Indian journal of veterinary science and animal husbandry - Volume 12,
Year: 1942
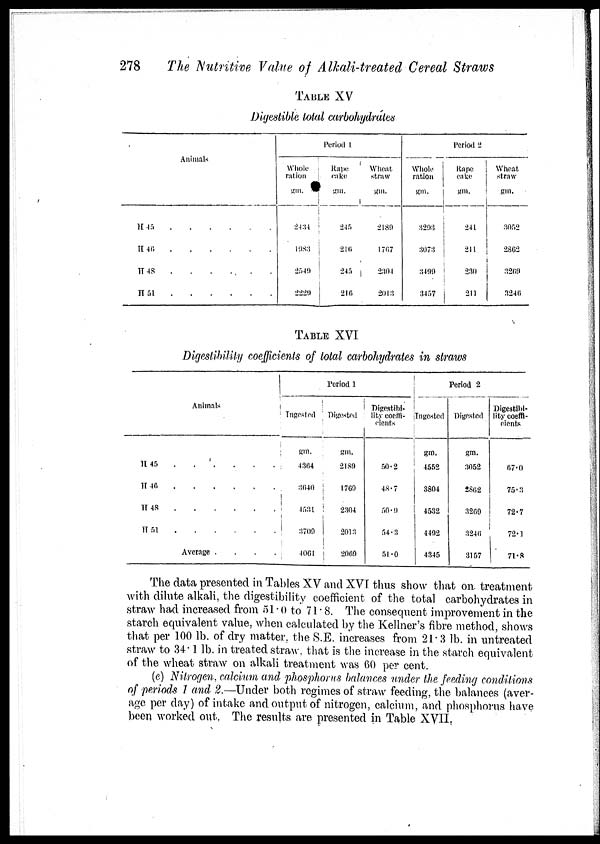
278
The Nutritive Value of Alkali-treated Cereal Straws
TABLE XV
Digestible total carbohydrates
Animals
H 45
.
.
.
.
.
.
H
46
.
.
.
.
.
.
H 48
.
.
.
.
.
.
H
51
.
.
.
.
.
.
Period 1
Whole
ration
gm.
2434
1983
2549
2229
Rape
cake
gm.
245
216
245
216
Wheat
straw
gm.
2189
1767
2304
2013
Period 2
Whole
ration
gm.
3293
3073
3499
3457
Rape
cake
gm.
241
211
230
211
Wheat
straw
gm.
3052
2862
3269
3246
TABLE XVI
Digestibility coefficients of total carbohydrates in straws
Animals
H 45 . . . . . .
H 46 . . . . . .
H 48 . . . . . .
H 51. . . . . .
Average .
Period 1
Ingested
gm.
4364
3640
4531
3709
4061
Digested
gm.
2189
1769
2304
2013
2069
Digestibi-
lity coeffi-
cients
50.2
48.7
50.9
54.3
51.0
Period 2
Ingested
gm.
4552
3804
4532
4492
4345
Digested
gm.
3052
2862
3269
3246
3157
Digestibi-
lity coeffi-
cients
67.0
75.3
72.7
72.1
71.8
The data presented in Tables XV and XVI thus show that on. treatment
with dilute alkali, the digestibility coefficient of the total carbohydrates in
straw had increased from 51.0 to 71.8. The consequent improvement in the
starch equivalent value, when calculated by the Kellner's fibre method, shows
that per 100 lb. of dry matter, the S.E. increases from 21.3 lb. in untreated
straw to 34.1 lb. in treated straw, that is the increase in the starch equivalent
of the wheat straw on alkali treatment was 60 per cent.
(e) Nitrogen, calcium and phosphorus balances under the feeding conditions
of periods 1 and 2.—Under both regimes of straw feeding, the balances (aver-
age per day) of intake and output of nitrogen, calcium, and phosphorus have
been worked out. The results are presented in Table XVII.